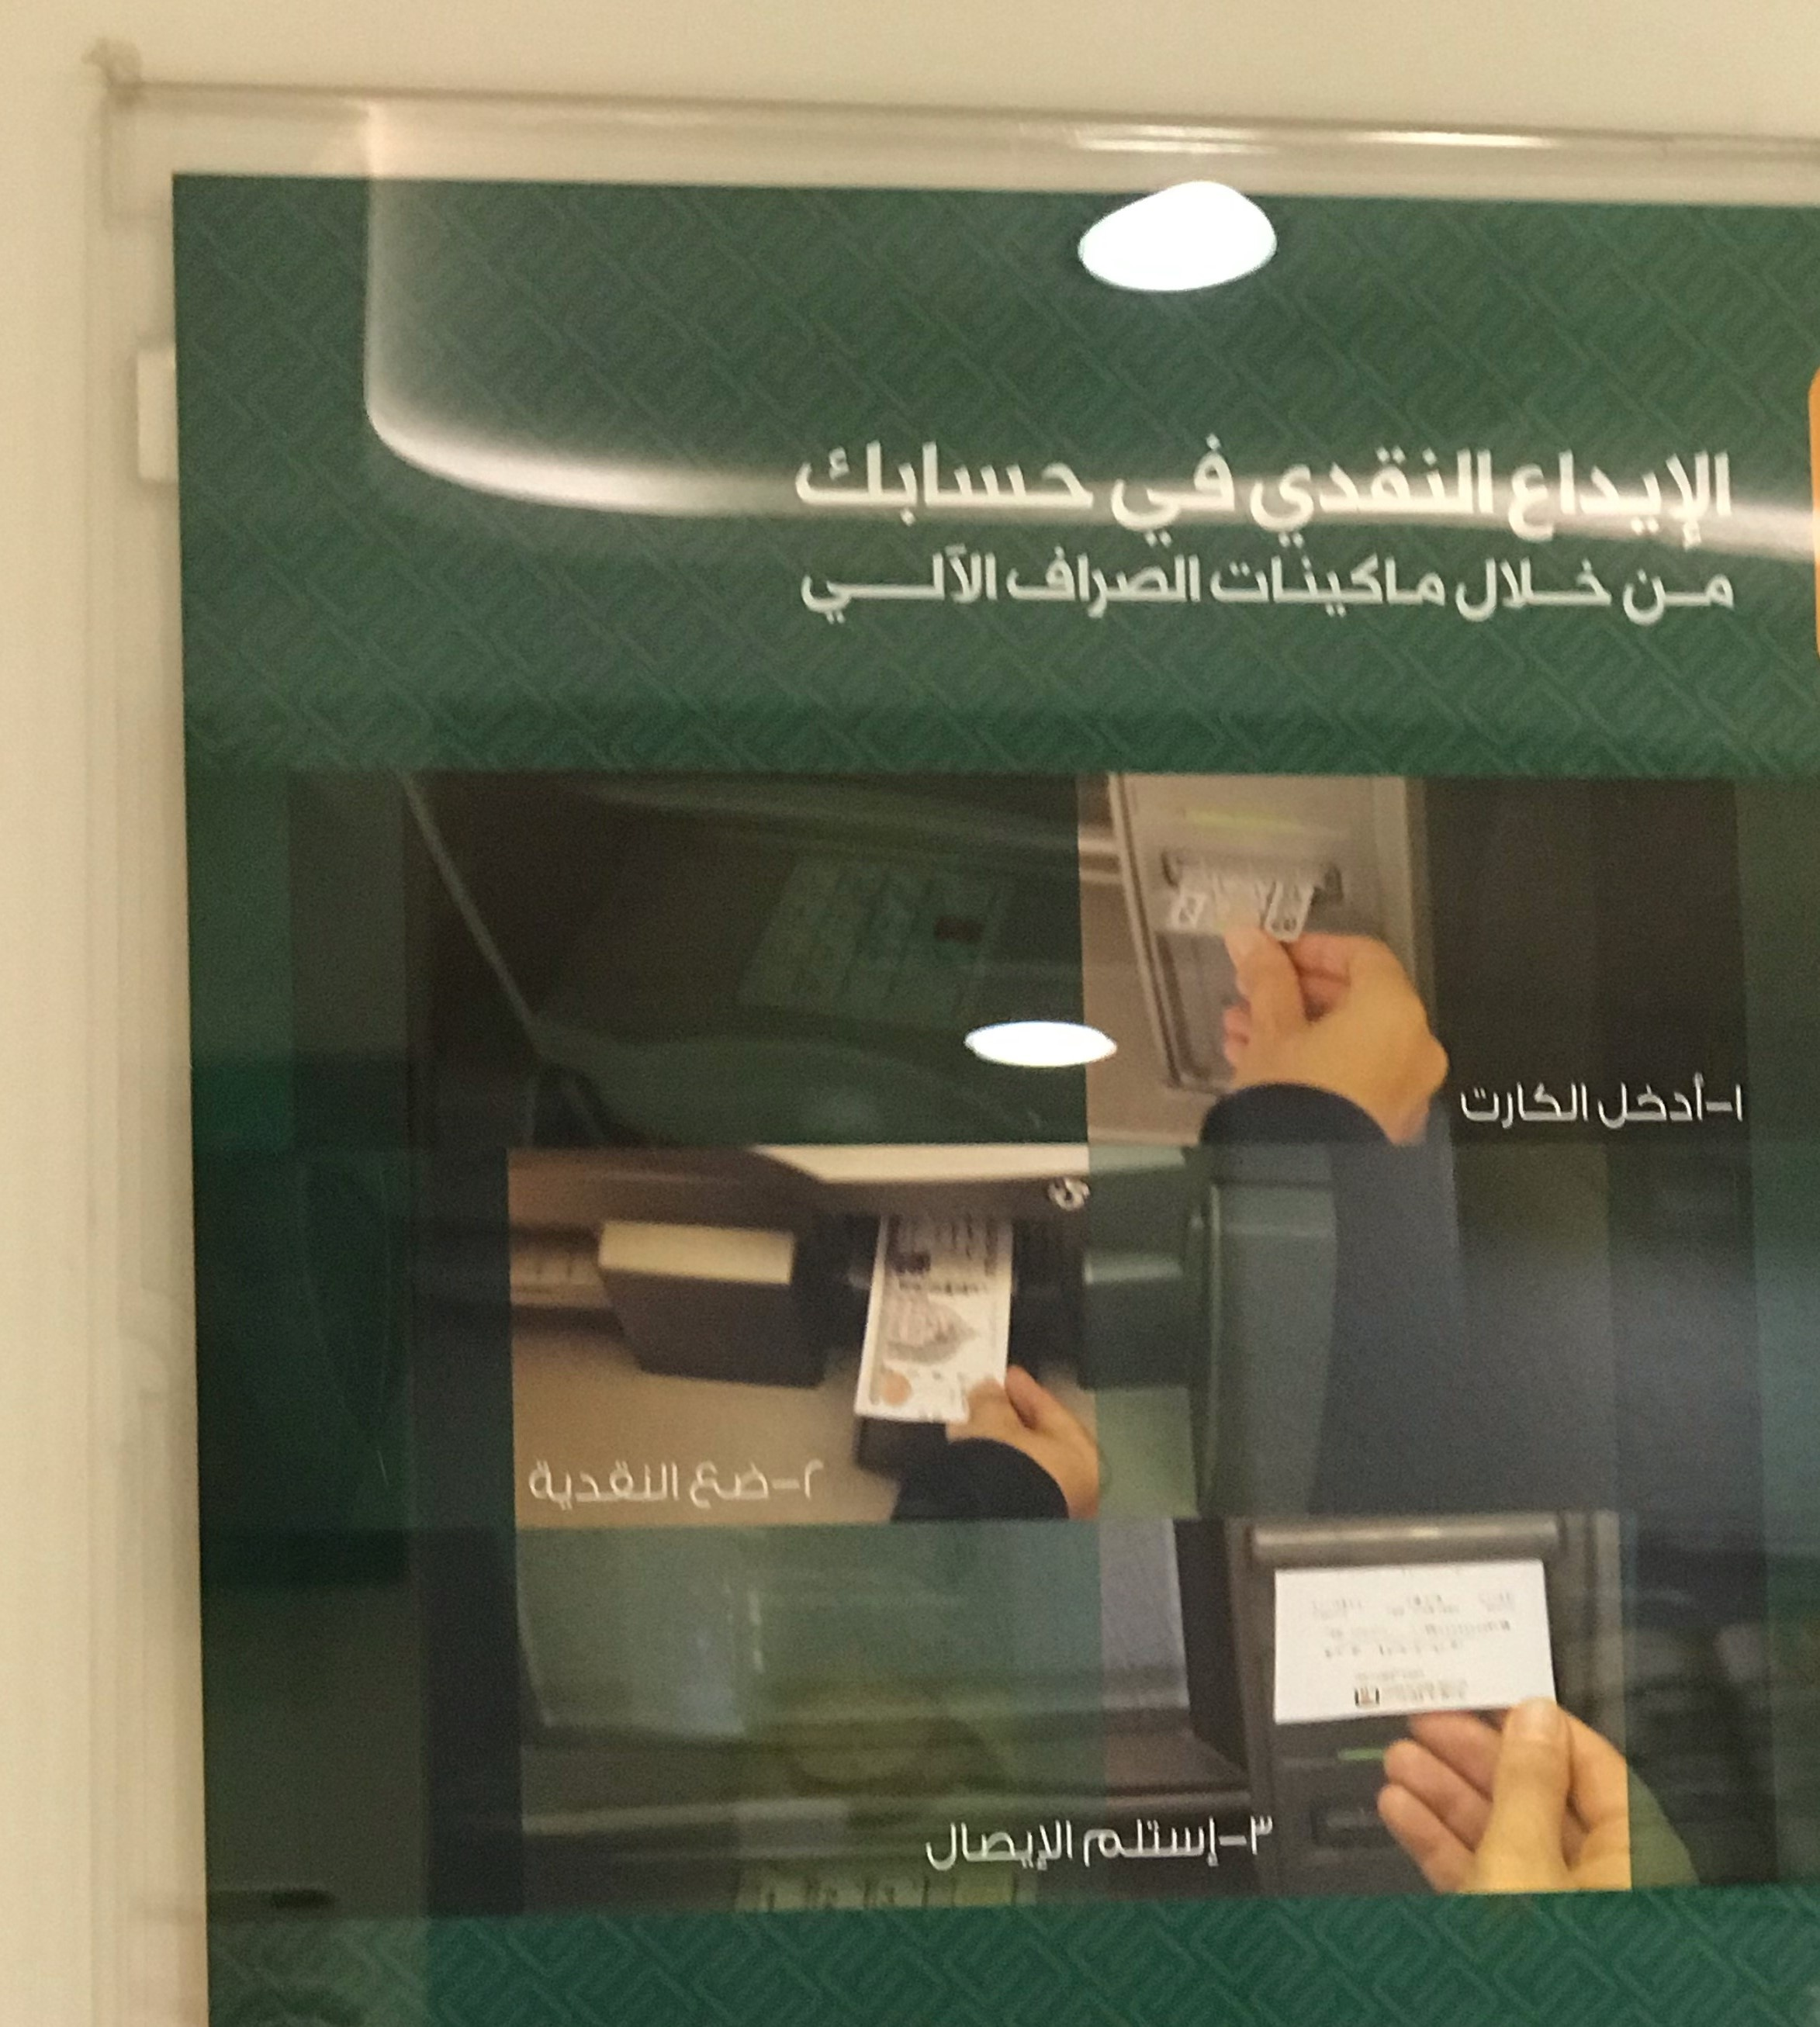
Text in image: حسابك في النقدي الإيداع الصراف الآلي ماكينات خلال من أدخل 1 الكارت 2 النقدية ضع 3 إستلم الإيصال